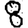
Digit: 8